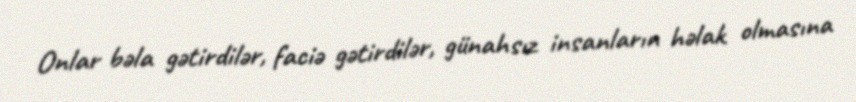
Onlar bəla gətirdilər, faciə gətirdilər, günahsız insanların həlak olmasına